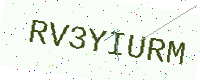
Text: RV3YIURM